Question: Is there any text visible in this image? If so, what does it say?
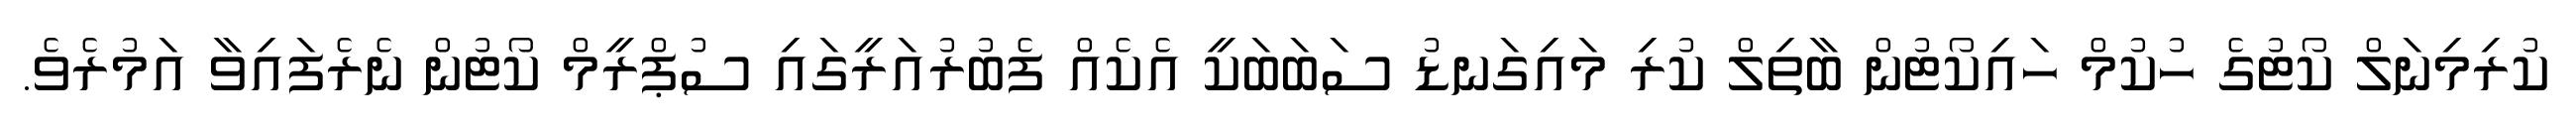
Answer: ކުރިމިނަލް ކޯޓުގެ ހުކުމް ހައިކޯޓުން ބާތިލް ކުރި މައިގަނޑު ސަބަބަކީ އެކެއް ފެބުރުއަރީގައި ސުޕްރީމް ކޯޓުން ނެރެފައިވާ އަމުރެވެ.